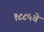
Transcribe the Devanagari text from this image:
१८८५चे